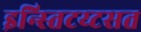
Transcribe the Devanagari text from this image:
इन्स्तिटय्टसत